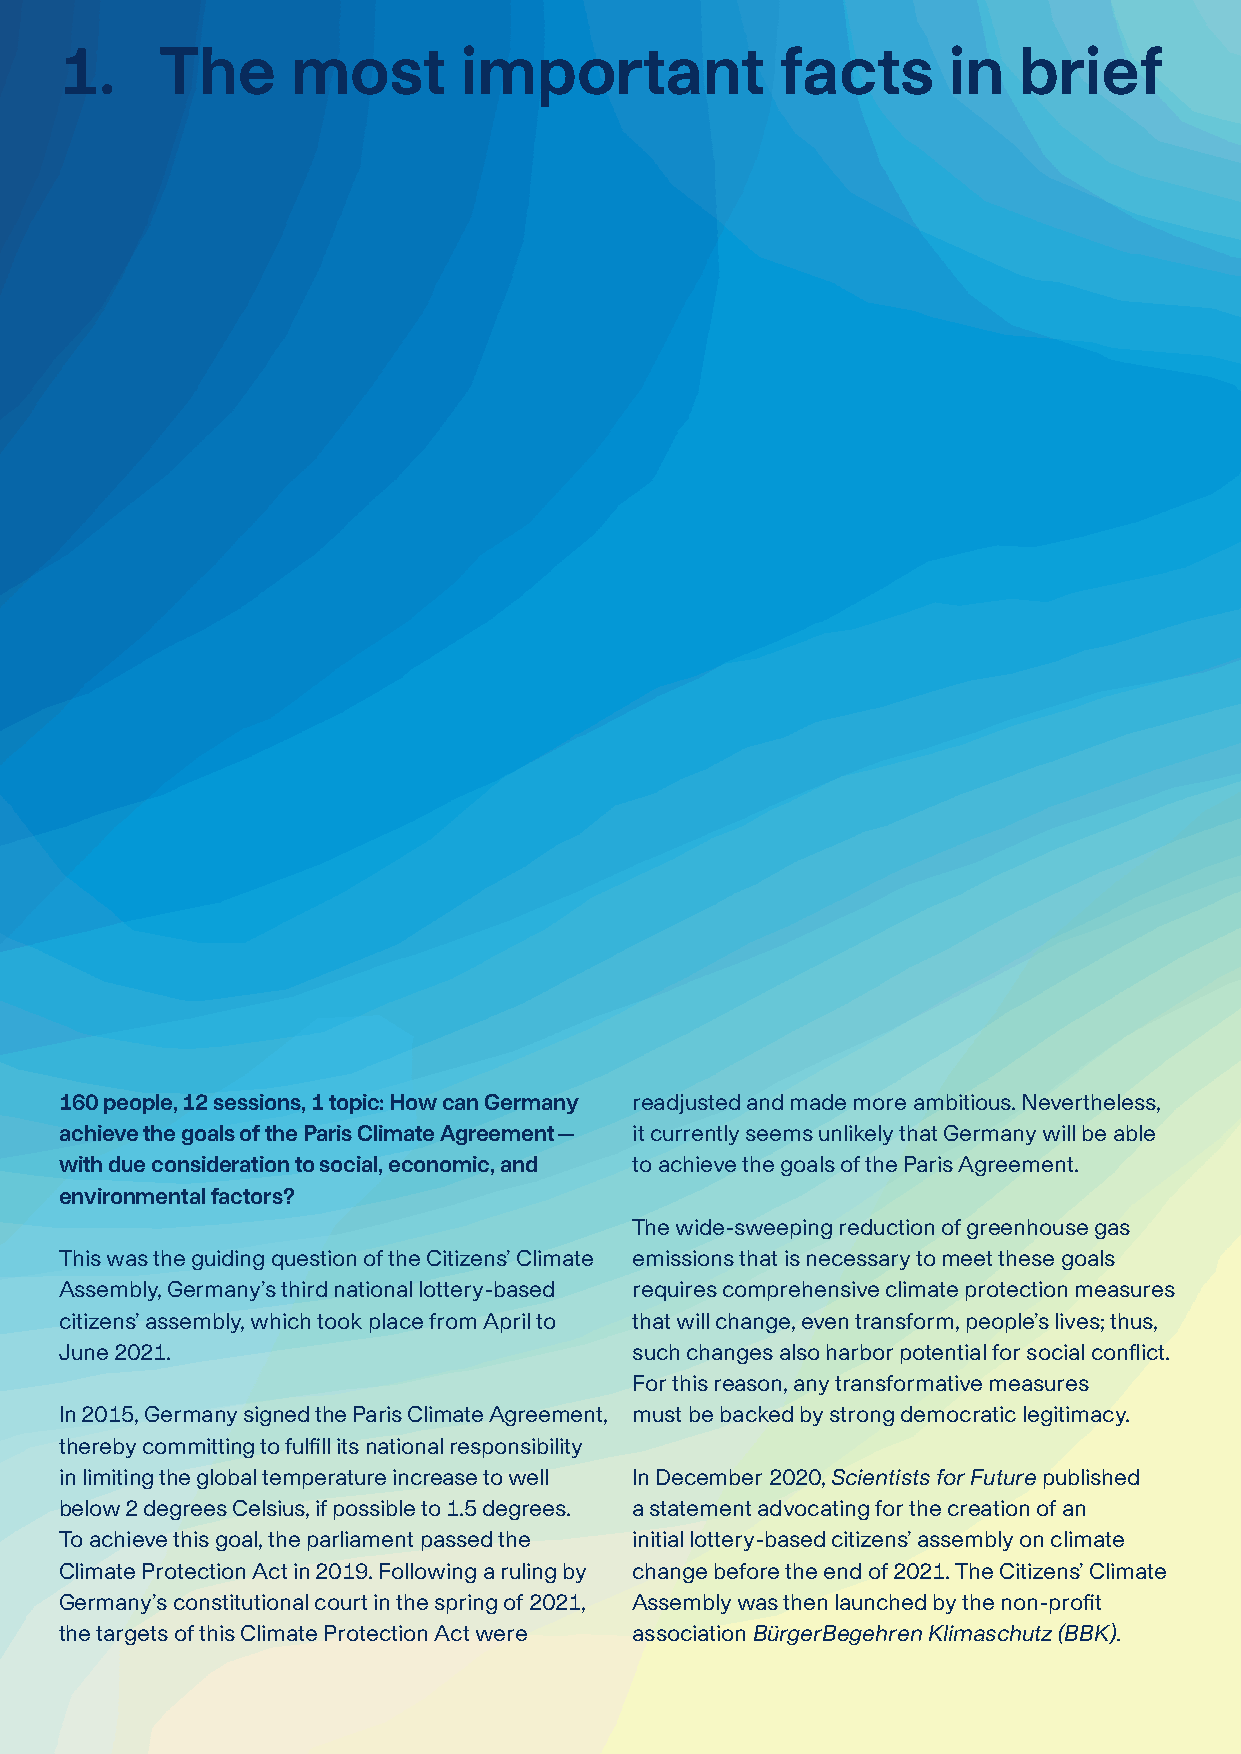
1.     T he    most       important             facts      in  brief
 160 people, 12 sessions, 1 topic: How can Germany readjusted and made more ambitious. Nevertheless,
 achieve the goals of the Paris Climate Agreement — it currently seems unlikely that Germany will be able
 with due consideration to social, economic, and to achieve the goals of the Paris Agreement.
 environmental factors?
 The wide-sweeping reduction of greenhouse gas
 This was the guiding question of the Citizens’ Climate emissions that is necessary to meet these goals
 Assembly, Germany’s third national lottery-based requires comprehensive climate protection measures
 citizens’ assembly, which took place from April to that will change, even transform, people’s lives; thus,
 June 2021.                            such changes also harbor potential for social conflict.
 For this reason, any transformative measures
 In 2015, Germany signed the Paris Climate Agreement, must be backed by strong democratic legitimacy.
 thereby committing to fulfill its national responsibility
 in limiting the global temperature increase to well In December 2020, Scientists for Future published
 below 2 degrees Celsius, if possible to 1.5 degrees. a statement advocating for the creation of an
 To achieve this goal, the parliament passed the initial lottery-based citizens’ assembly on climate
 Climate Protection Act in 2019. Following a ruling by change before the end of 2021. The Citizens’ Climate
 Germany’s constitutional court in the spring of 2021, Assembly was then launched by the non-profit
 the targets of this Climate Protection Act were association BürgerBegehren Klimaschutz (BBK).
 Recommendations for German climate policy                                11